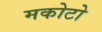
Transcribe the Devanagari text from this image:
मकोटो